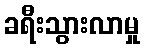
ခရီးသွားလာမှု